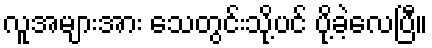
လူအများအား သေတွင်းသို့ပင် ပို့ခဲ့လေပြီ။